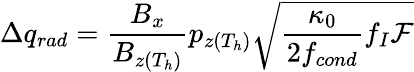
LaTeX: \Delta q_{rad}=\frac{B_{x}}{B_{z(T_{h})}}p_{z(T_{h})}\sqrt{\frac{\kappa_{0}}{2f_{cond}}f_{I}\mathcal{F}}